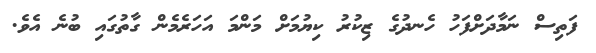
ފަތިސް ނަމާދަށްފަހު ހެނދުގެ ޒިކުރު ކިޔުމަށް މަންމަ އަހަރެމެން ގާތުގައި ބުނެ އެވެ.